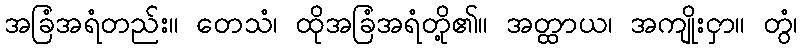
အခြံအရံတည်း။ တေသံ၊ ထိုအခြံအရံတို့၏။ အတ္ထာယ၊ အကျိုးငှာ။ တွံ၊